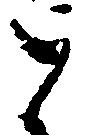
と